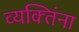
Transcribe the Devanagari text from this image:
व्यक्‍तिंना